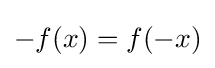
-f(x)=f(-x)